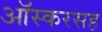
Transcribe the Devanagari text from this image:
ऑस्करसह